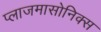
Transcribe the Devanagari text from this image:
प्लाजमासोनिक्स